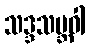
သဒ္ဒသမ္ဘဝါ